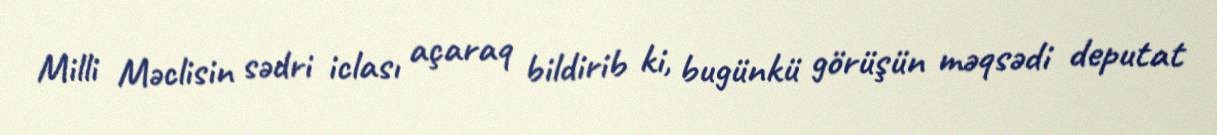
Milli Məclisin sədri iclası açaraq bildirib ki, bugünkü görüşün məqsədi deputat